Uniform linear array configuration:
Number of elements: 64
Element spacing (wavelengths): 0.5
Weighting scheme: kaiser
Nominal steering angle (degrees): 0
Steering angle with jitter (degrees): -1.031
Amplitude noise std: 0.05
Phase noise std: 0.05

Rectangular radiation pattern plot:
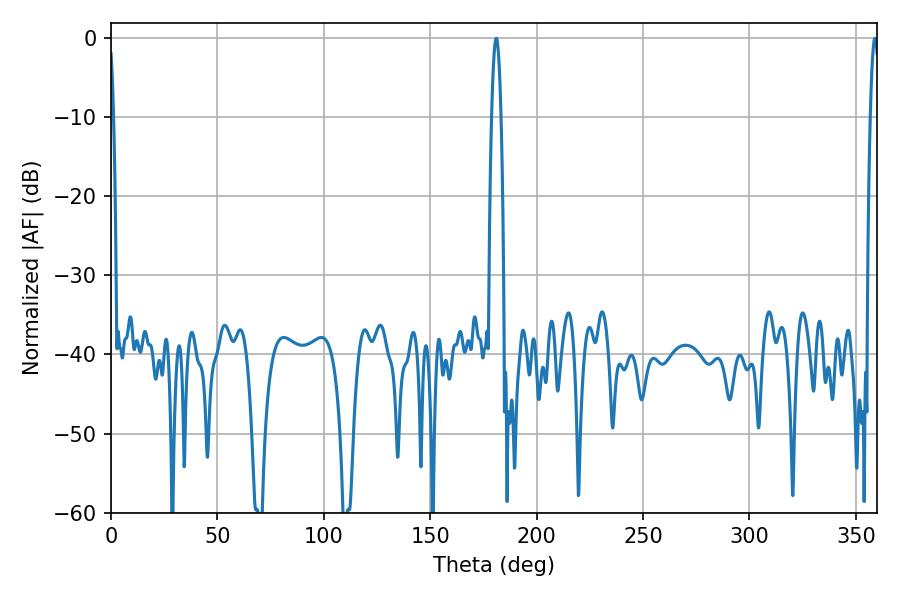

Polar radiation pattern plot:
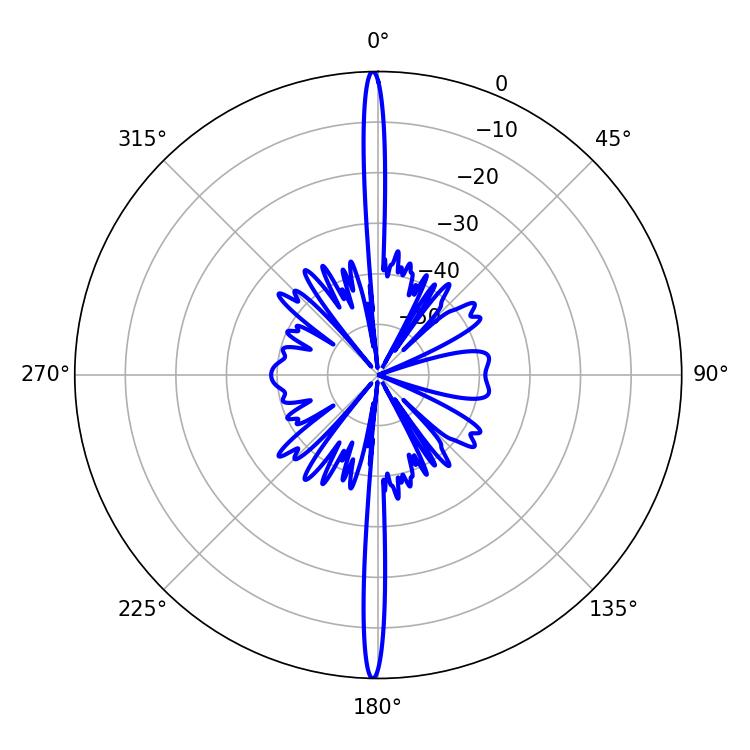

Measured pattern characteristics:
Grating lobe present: FALSE
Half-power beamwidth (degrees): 2.34
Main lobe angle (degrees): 181.08